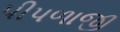
પીપળાજી